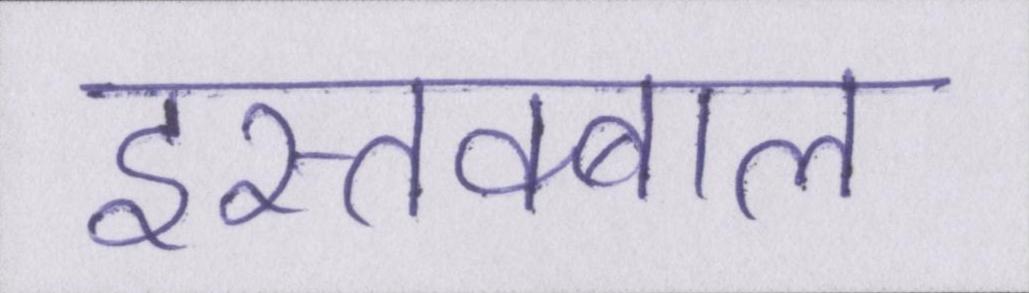
इस्तक्बाल